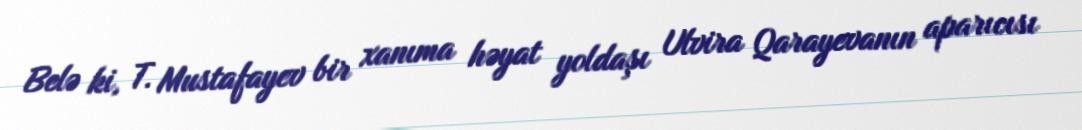
Belə ki, T. Mustafayev bir xanıma həyat yoldaşı Ulvira Qarayevanın aparıcısı